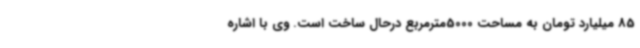
85 میلیارد تومان به مساحت 5000مترمربع درحال ساخت است. وی با اشاره